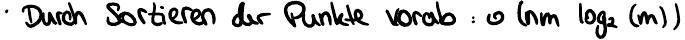
Durch Sortieren der Punkte vorab : o(nm log (m) )